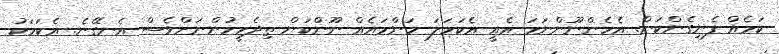
ކަމެއް ފެނިގެންކަން. އެހެންނޫންނަމަ އެއީ އެކަހަލަ މަންމައެއް ނޫންކަން ތިދެމީހުންނަށްވެސް އެނގޭނެ. އެކަމަކު